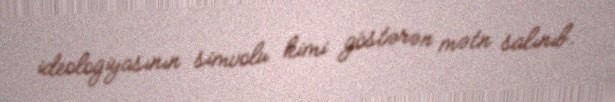
ideologiyasının simvolu kimi göstərən mətn salınıb.